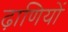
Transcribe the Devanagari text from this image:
ढ़ाणियों